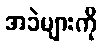
အခဲများကို